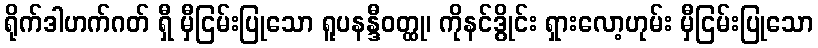
ရိုက်ဒါဟက်ဂတ် ရှီ မှီငြမ်းပြုသော ရူပနန္ဒီဝတ္ထု၊ ကိုနင်ဒွိုင်း ရှားလော့ဟုမ်း မှီငြမ်းပြုသော